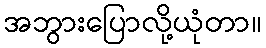
အဘွားပြောလို့ယုံတာ။